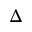
\Delta